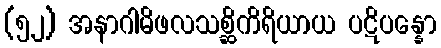
(၅၂) အနာဂါမိဖလသစ္ဆိကိရိယာယ ပဋိပန္နော